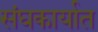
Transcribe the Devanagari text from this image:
संघकार्यात